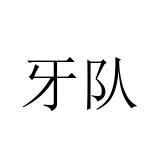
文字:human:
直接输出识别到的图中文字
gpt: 牙队